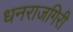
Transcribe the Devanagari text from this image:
धनराजगिरी